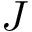
J